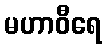
မဟာဝီရေ